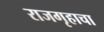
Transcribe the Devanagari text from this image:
राजगृहाचा